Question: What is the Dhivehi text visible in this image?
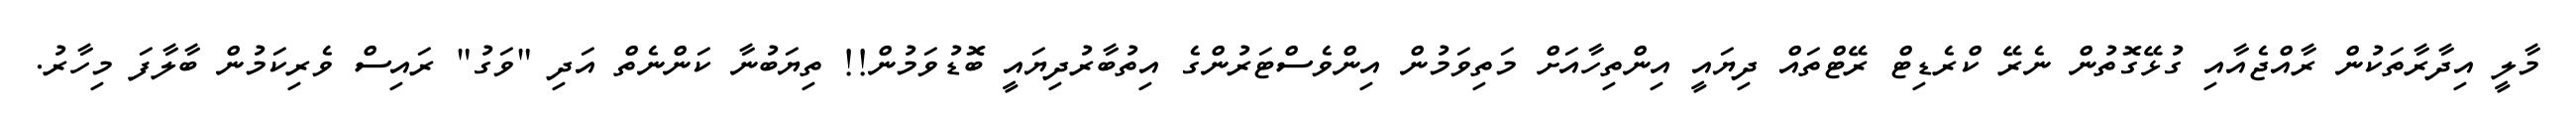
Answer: މާލީ އިދާރާތަކުން ރާއްޖެއާއި ގުޅޭގޮތުން ނެރޭ ކްރެޑިޓް ރޭޓްތައް ދިޔައީ އިންތިހާއަށް މަތިވަމުން އިންވެސްޓަރުންގެ އިތުބާރުދިޔައީ ބޮޑުވަމުން!! ތިޔަބުނާ ކަންނެތް އަދި "ވަގު" ރައިސް ވެރިކަމުން ބާލާފަ މިހާރު.